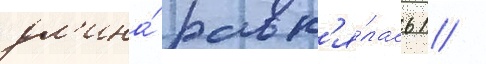
дл'ина́ равн'я́лась 1 /